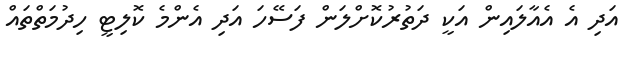
އަދި އެ އެއާލައިން އަކީ ދަތުރުކޮށްލަން ފަސޭހަ އަދި އެންމެ ކޮލިޓީ ހިދުމަތްތައް